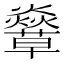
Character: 𧄣